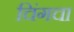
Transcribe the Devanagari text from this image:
चिंगचा